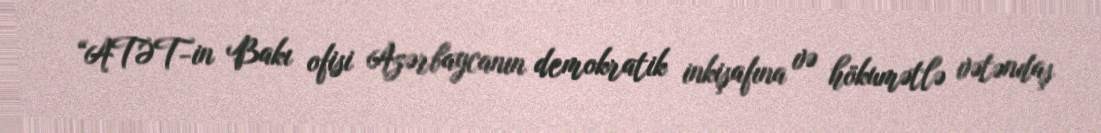
“ATƏT-in Bakı ofisi Azərbaycanın demokratik inkişafına və hökumətlə vətəndaş